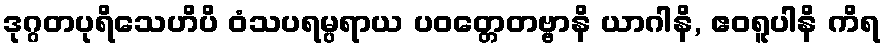
ဒုဂ္ဂတပုရိသေဟိပိ ဝံသပရမ္ပရာယ ပဝတ္တေတဗ္ဗာနိ ယာဂါနိ, ဧဝရူပါနိ ကိရ